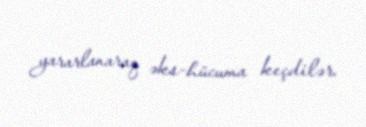
yararlanaraq əks-hücuma keçdilər.